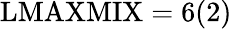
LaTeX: \mathrm{LMAXMIX}=6(2)